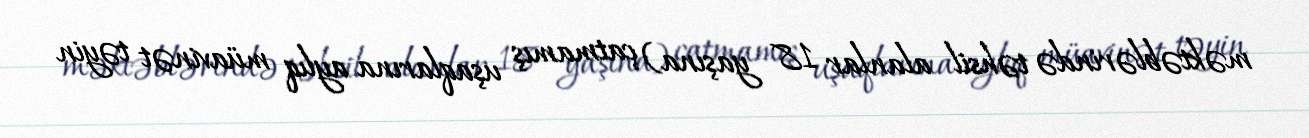
məktəblərində təhsil alanlar 18 yaşına) çatmamış uşaqlarına aylıq müavinət təyin